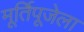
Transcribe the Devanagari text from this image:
मूर्तिपूजेला